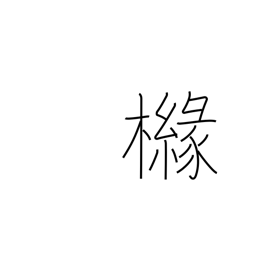
Meaning: kind of lemon tree